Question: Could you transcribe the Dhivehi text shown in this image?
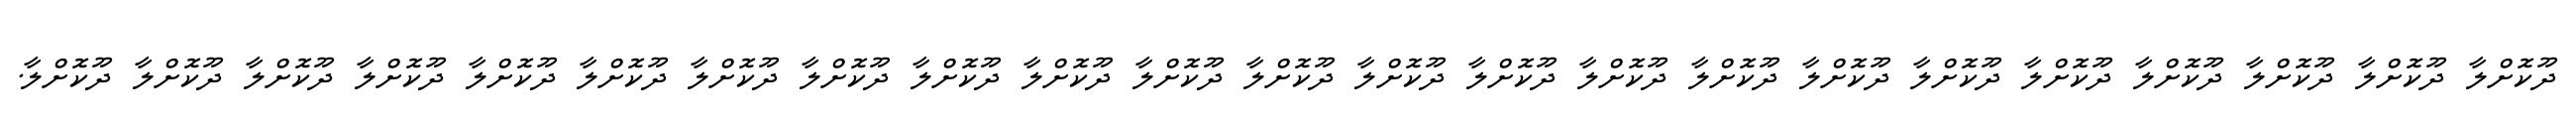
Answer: ދޫކޮށްލާ ދޫކޮށްލާ ދޫކޮށްލާ ދޫކޮށްލާ ދޫކޮށްލާ ދޫކޮށްލާ ދޫކޮށްލާ ދޫކޮށްލާ ދޫކޮށްލާ ދޫކޮށްލާ ދޫކޮށްލާ ދޫކޮށްލާ ދޫކޮށްލާ ދޫކޮށްލާ ދޫކޮށްލާ ދޫކޮށްލާ ދޫކޮށްލާ ދޫކޮށްލާ ދޫކޮށްލާ ދޫކޮށްލާ ދޫކޮށްލާ ދޫކޮށްލާ ދޫކޮށްލާ.